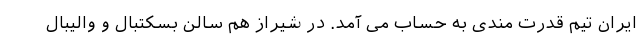
ایران تیم قدرت مندی به حساب می آمد. در شیراز هم سالن بسکتبال و والیبال